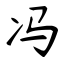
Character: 冯